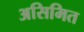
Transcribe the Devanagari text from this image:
असिमित